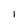
Character: I